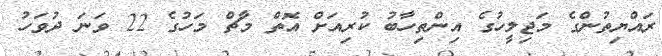
ރައްޔިތުންގެ މަޖިލީހުގެ އިންތިހާބު ކުރިއަށް އޮތް މާޗް މަހުގެ 22 ވަނަ ދުވަހު